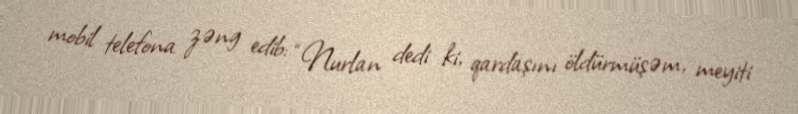
mobil telefona zəng edib: “Nurlan dedi ki, qardaşını öldürmüşəm, meyiti